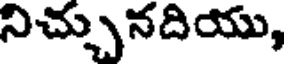
నిచ్చునదియు,